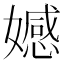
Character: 𡢳